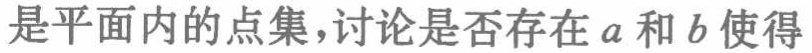
是平面内的点集,讨论是否存在\(a\)和\(b\)使得